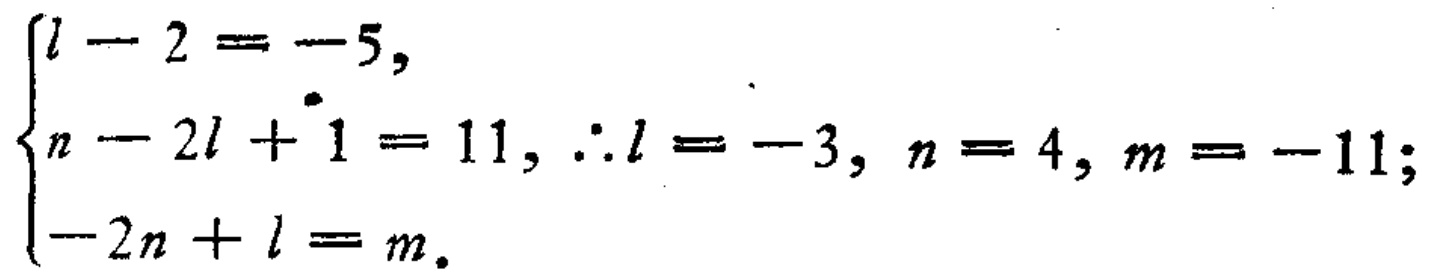
\(\begin{cases}

l - 2 = -5, \\

n - 2l + 1 = 11, \therefore l = -3, n = 4, m = -11; \\

-2n + l = m.

\end{cases}\)